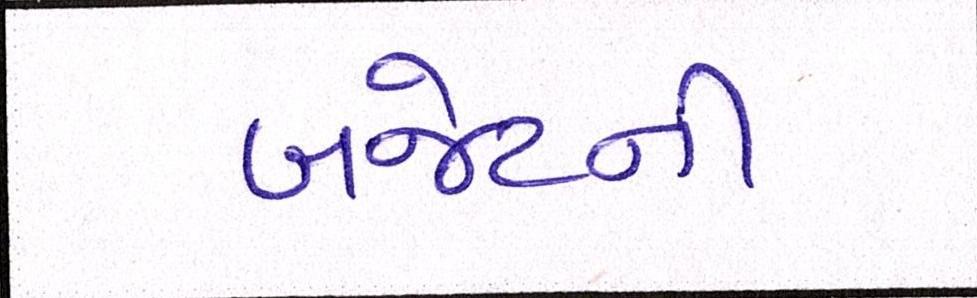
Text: બજેટની